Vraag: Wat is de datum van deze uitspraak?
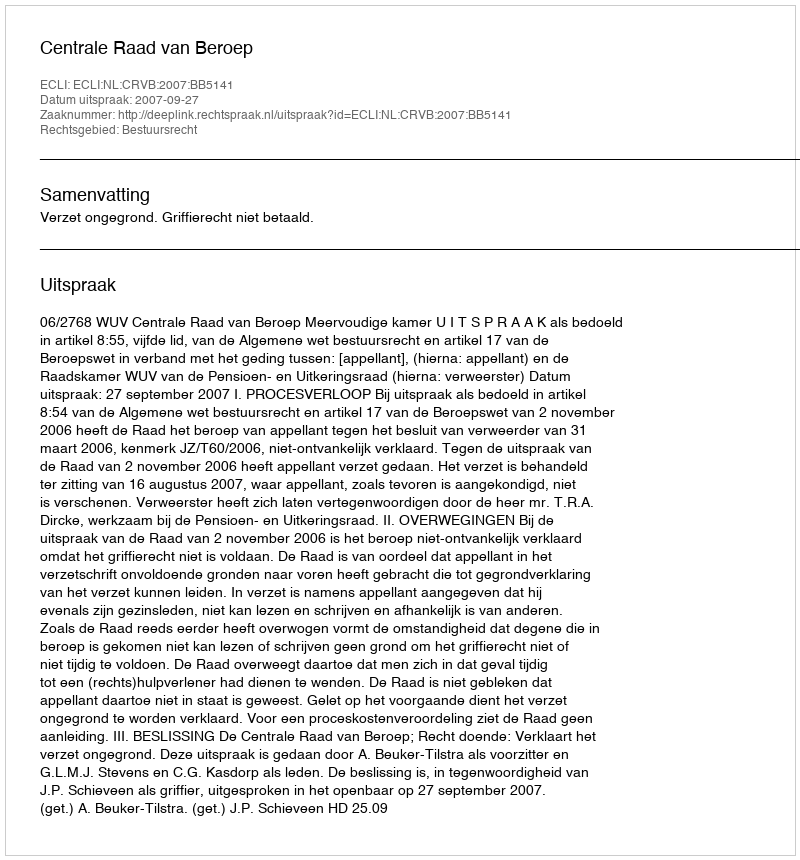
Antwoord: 2007-09-27